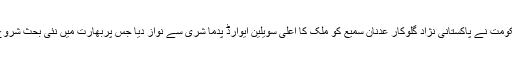
مودی حکومت نے پاکستانی نژاد گلوکار عدنان سمیع کو ملک کا اعلیٰ سویلین ایوارڈ پدما شری سے نواز دیا جس پربھارت میں نئی بحث شروع ہو گئی۔